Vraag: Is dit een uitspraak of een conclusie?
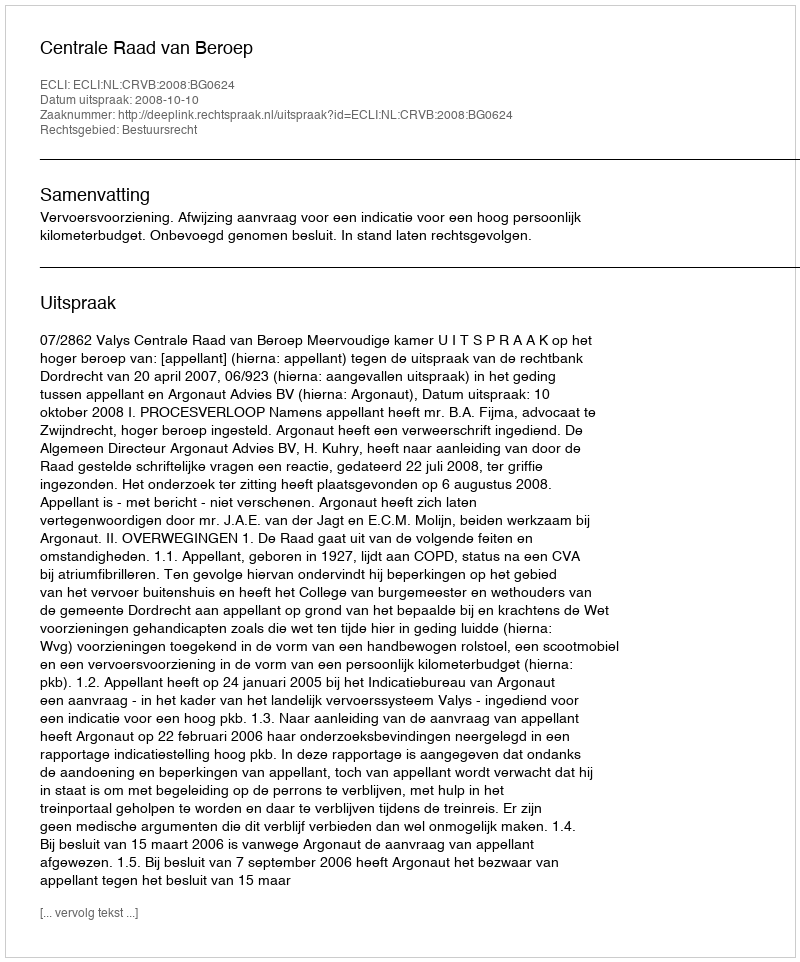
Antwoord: Uitspraak